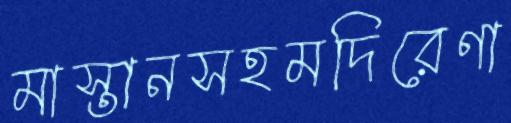
মাস্তানসহমদিরেণা